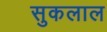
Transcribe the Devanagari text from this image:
सुकलाल